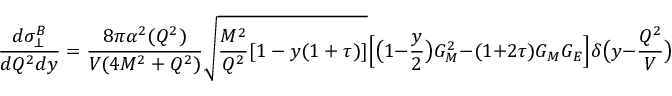
\frac { d \sigma _ { \bot } ^ { B } } { d Q ^ { 2 } d y } = \frac { 8 \pi \alpha ^ { 2 } ( Q ^ { 2 } ) } { V ( 4 M ^ { 2 } + Q ^ { 2 } ) } \sqrt { \frac { M ^ { 2 } } { Q ^ { 2 } } [ 1 - y ( 1 + \tau ) ] } \Bigl [ \bigl ( 1 - \frac { y } { 2 } \bigr ) G _ { M } ^ { 2 } - ( 1 + 2 \tau ) G _ { M } G _ { E } \Bigr ] \delta \bigl ( y - \frac { Q ^ { 2 } } { V } \bigr ) \ ,